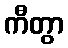
ကီတွာ